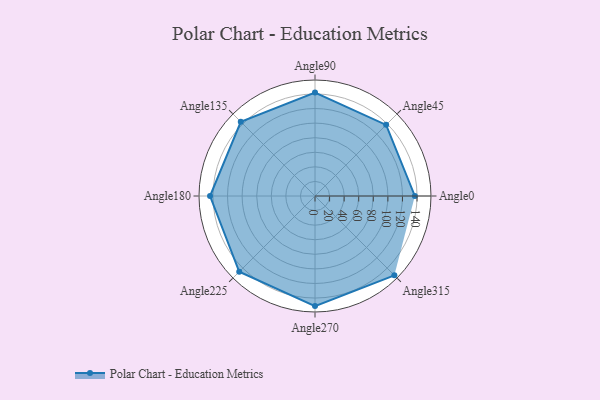
{"axis": {"x": "Angle", "y": "Radius"}, "legend": [""], "data": [{"x": "Angle0", "y": 137.0, "type": ""}, {"x": "Angle45", "y": 138.0, "type": ""}, {"x": "Angle90", "y": 142.0, "type": ""}, {"x": "Angle135", "y": 144.0, "type": ""}, {"x": "Angle180", "y": 144.0, "type": ""}, {"x": "Angle225", "y": 147.0, "type": ""}, {"x": "Angle270", "y": 151.0, "type": ""}, {"x": "Angle315", "y": 154.0, "type": ""}]}